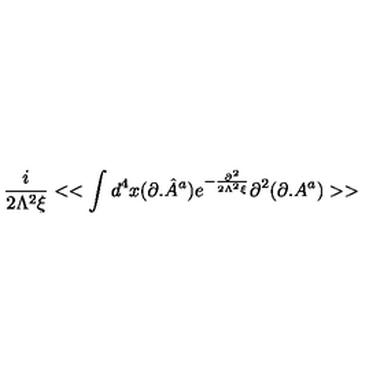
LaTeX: \frac { i } { 2 \Lambda ^ { 2 } \xi } < < \int d ^ { 4 } x ( \partial . { \hat { A } } ^ { a } ) e ^ { - \frac { \partial ^ { 2 } } { 2 \Lambda ^ { 2 } \xi } } \partial ^ { 2 } ( \partial . A ^ { a } ) > >